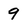
Character: 9